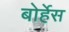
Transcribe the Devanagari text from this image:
बोर्हेस